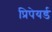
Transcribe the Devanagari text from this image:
प्रिपेयर्ड